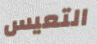
التعيس